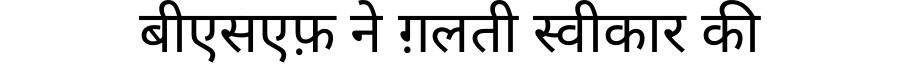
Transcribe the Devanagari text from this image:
बीएसएफ़ ने ग़लती स्वीकार की